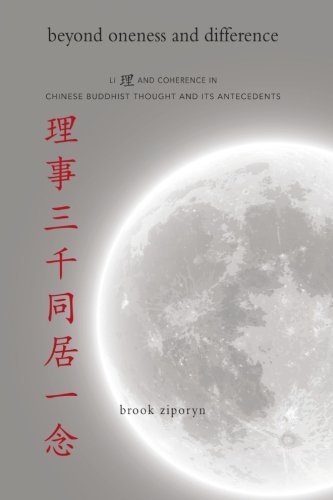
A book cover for Beyond Oneness and Difference: Li and Coherence in Chinese Buddhist Thought and Its Antecedents (SUNY Series in Chinese Philosophy and Culture); Brook Ziporyn; Religion & Spirituality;